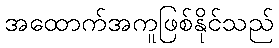
အထောက်အကူဖြစ်နိုင်သည်